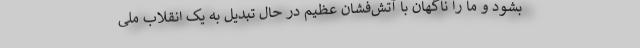
بشود و ما را ناگهان با آتش‌فشان عظیم در حال تبدیل به یک انقلاب ملی